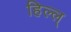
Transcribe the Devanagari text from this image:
हिल्ल्